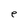
Character: e